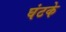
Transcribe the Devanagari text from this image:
घंटके